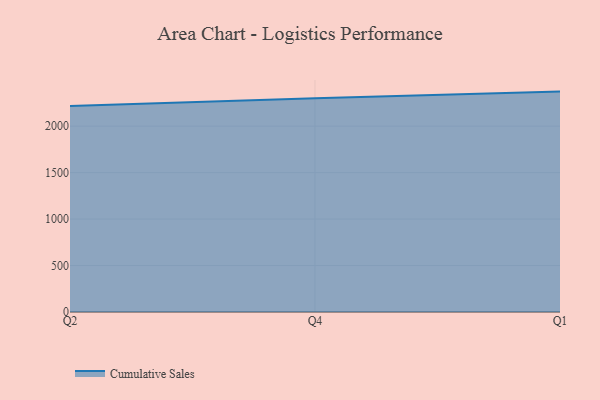
{"axis": {"x": "Quarter", "y": "Bounce Rate (%)"}, "legend": ["Cumulative Sales"], "data": [{"x": "Q2", "y": 2216.1, "type": "Cumulative Sales"}, {"x": "Q4", "y": 2299.1, "type": "Cumulative Sales"}, {"x": "Q1", "y": 2371.6, "type": "Cumulative Sales"}]}